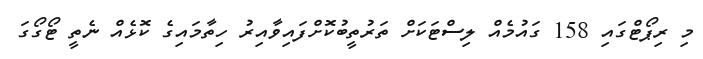
މި ރިޕޯޓްގައި 158 ގައުމެއް ލިސްޓަކަށް ތަރުތީބުކޮށްފައިވާއިރު ހިތާމައިގެ ކޮޅެއް ނެތީ ޓޯގޯގަ